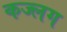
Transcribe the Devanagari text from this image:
कज्लग